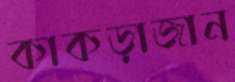
কাকড়াজান